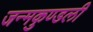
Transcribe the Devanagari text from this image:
जन्‍मकुण्‍डली